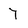
Character: 7